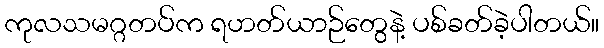
ကုလသမဂ္ဂတပ်က ရဟတ်ယာဉ်တွေနဲ့ ပစ်ခတ်ခဲ့ပါတယ်။